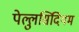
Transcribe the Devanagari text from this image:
पेल्लुसिदियम